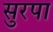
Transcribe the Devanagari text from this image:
सुरपा